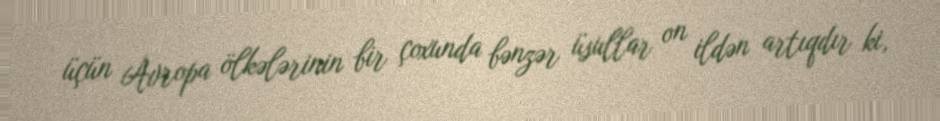
üçün Avropa ölkələrinin bir çoxunda bənzər üsullar on ildən artıqdır ki,